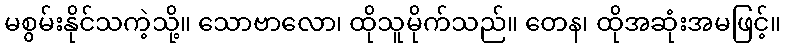
မစွမ်းနိုင်သကဲ့သို့။ သောဗာလော၊ ထိုသူမိုက်သည်။ တေန၊ ထိုအဆုံးအမဖြင့်။